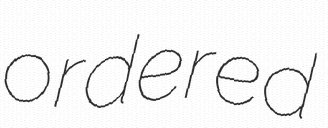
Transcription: ordered